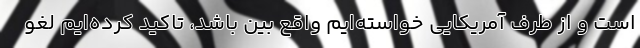
است و از طرف آمریکایی خواسته‌ایم واقع بین باشد، تاکید کرده‌ایم لغو